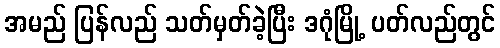
အမည် ပြန်လည် သတ်မှတ်ခဲ့ပြီး ဒဂုံမြို့ ပတ်လည်တွင်